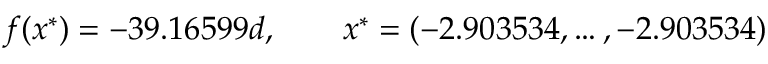
f ( x ^ { * } ) = - 3 9 . 1 6 5 9 9 d , \qquad x ^ { * } = ( - 2 . 9 0 3 5 3 4 , \ldots , - 2 . 9 0 3 5 3 4 )